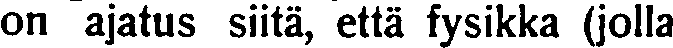
on ajatus siitä, että fysikka (jolla